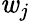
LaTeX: \mathit{w}_{j}